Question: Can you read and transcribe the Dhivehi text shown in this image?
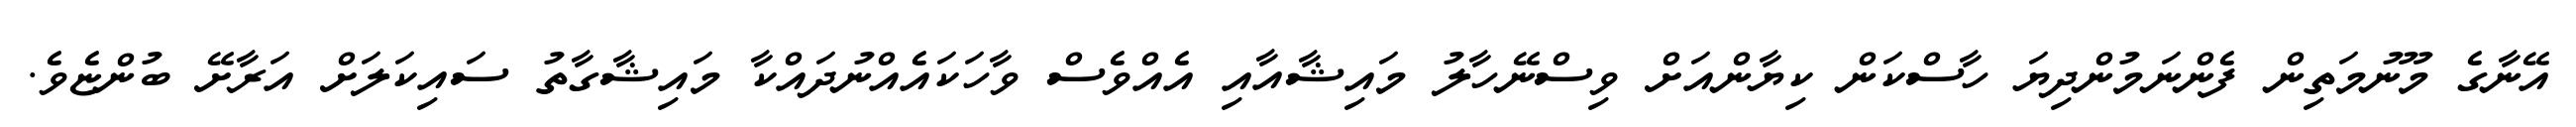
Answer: އޭނާގެ މޫނުމަތިން ފެންނަމުންދިޔަ ހާސްކަން ކިޔާންއަށް ވިސްނޭހާލު މައިޝާއާއި އެއްވެސް ވާހަކައެއްނުދައްކާ މައިޝާގާތު ސައިކަލަށް އަރާށޭ ބުންޏެވެ.